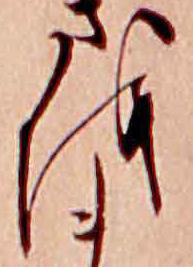
を